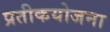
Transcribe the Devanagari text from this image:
प्रतीकयोजना